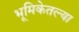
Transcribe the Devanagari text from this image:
भूमिकेतल्या